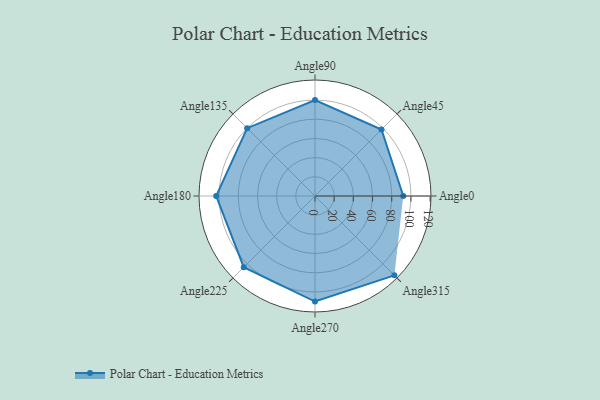
{"axis": {"x": "Angle", "y": "Radius"}, "legend": [""], "data": [{"x": "Angle0", "y": 92.0, "type": ""}, {"x": "Angle45", "y": 98.0, "type": ""}, {"x": "Angle90", "y": 100.0, "type": ""}, {"x": "Angle135", "y": 100.0, "type": ""}, {"x": "Angle180", "y": 103.0, "type": ""}, {"x": "Angle225", "y": 105.0, "type": ""}, {"x": "Angle270", "y": 110.0, "type": ""}, {"x": "Angle315", "y": 117.0, "type": ""}]}